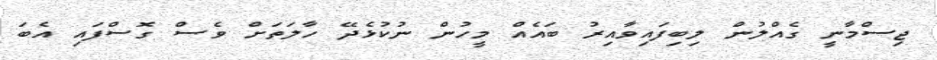
ޖިސްމާނީ ގެއްލުން ލިބިފައިވާއިރު ބައެއް މީހުން ނުކުޅެދޭ ހާލަތަށް ވެސް ގޮސްފައި އެބަ